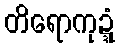
တိရောကုဍ္ဍံ